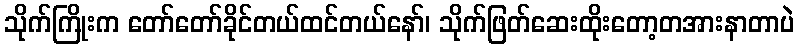
သိုက်ကြိုးက တော်တော်ခိုင်တယ်ထင်တယ်နော်၊ သိုက်ဖြတ်ဆေးထိုးတော့တအားနာတာပဲ